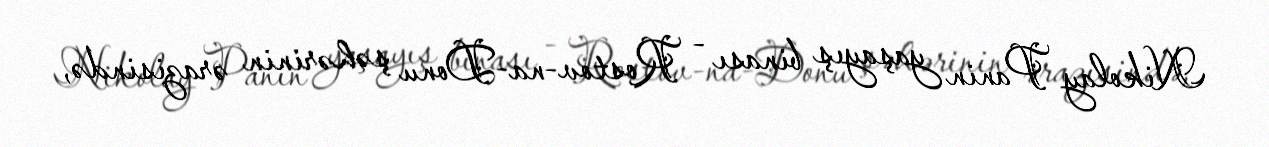
Nikolay Panin yaşayış binası - Rostov-na-Donu şəhərinin ərazisində,